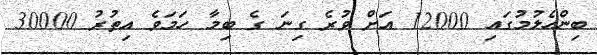
ބިންހެލުމުގައި 12000 އަށް ވުރެ ގިނަ ގެ ބިމާ ހަމަވެ އިތުރު 30000